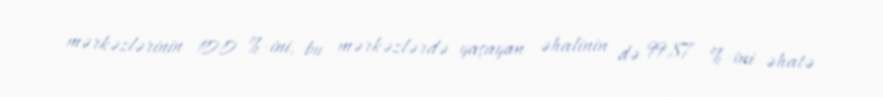
mərkəzlərinin 100 %-ini, bu mərkəzlərdə yaşayan əhalinin də 99,87 %-ini əhatə